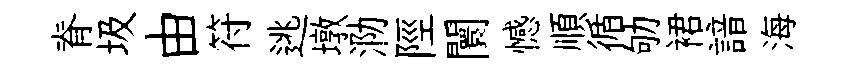
脊圾由符逃墩泐陘闤憾順循劬裙諳海